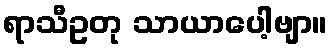
ရာသီဥတု သာယာပေါ့ဗျာ။